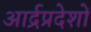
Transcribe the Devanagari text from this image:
आर्द्रप्रदेशों